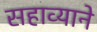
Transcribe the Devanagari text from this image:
सहाव्याने